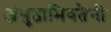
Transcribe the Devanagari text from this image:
अंगुष्ठाभिवतैनी